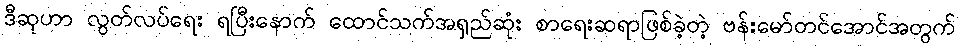
ဒီဆုဟာ လွတ်လပ်ရေး ရပြီးနောက် ထောင်သက်အရှည်ဆုံး စာရေးဆရာဖြစ်ခဲ့တဲ့ ဗန်းမော်တင်အောင်အတွက်